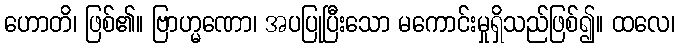
ဟောတိ၊ ဖြစ်၏။ ဗြာဟ္မဏော၊ အပပြုပြီးသော မကောင်းမှုရှိသည်ဖြစ်၍။ ထလေ၊